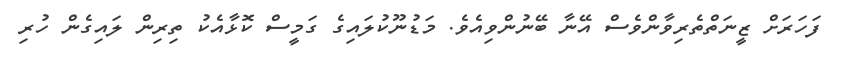
ފަހަރަށް ޒީނަތްތެރިވާންވެސް އޭނާ ބޭނުންވިއެވެ. މަޑުނޫކުލައިގެ ގަމީސް ކޮޅާއެކު ތިރިން ލައިގެން ހުރި